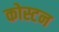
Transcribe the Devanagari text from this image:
कोस्टन